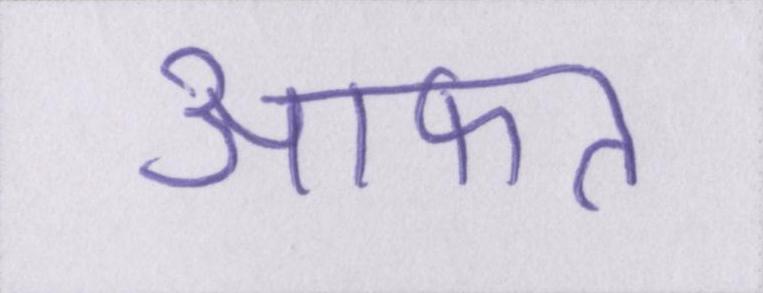
आफत